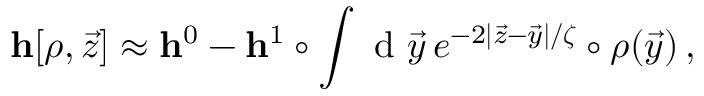
\mathbf { h } [ \boldsymbol { \rho } , \vec { z } ] \approx \mathbf { h } ^ { 0 } - \mathbf { h } ^ { 1 } \circ \int \mathrm { ~ d ~ } \vec { y } \, e ^ { - 2 | \vec { z } - \vec { y } | / \boldsymbol { \zeta } } \circ \boldsymbol { \rho } ( \vec { y } ) \, ,